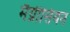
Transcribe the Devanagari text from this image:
मैग्नीसियन